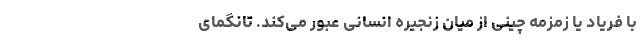
با فریاد یا زمزمه چینی از میان زنجیره انسانی عبور می‌کند. تانگمای